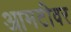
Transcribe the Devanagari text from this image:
आमटीवर